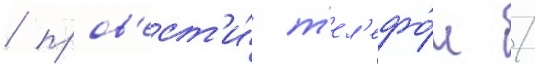
/ пров'ест'и́ т'ел'ефо́н /